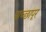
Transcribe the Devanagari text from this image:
पाच्छापूर